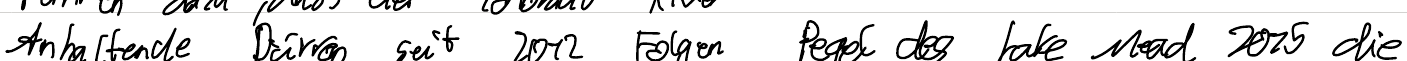
Anhaltende Dürren seit 2012 Folgen Pegel des Lake Mead. 2015 die